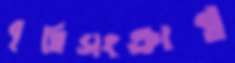
বৃত্তিসংক্রান্ত